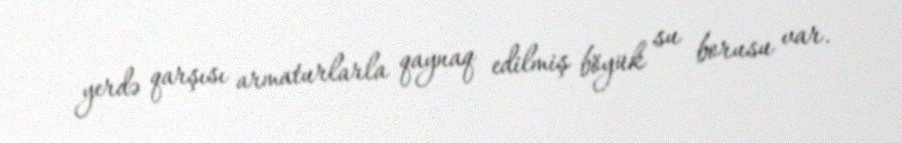
yerdə qarşısı armaturlarla qaynaq edilmiş böyük su borusu var.